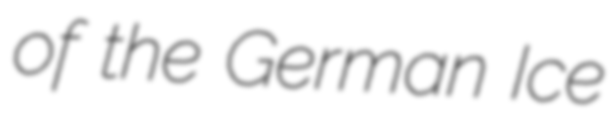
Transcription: of the German Ice